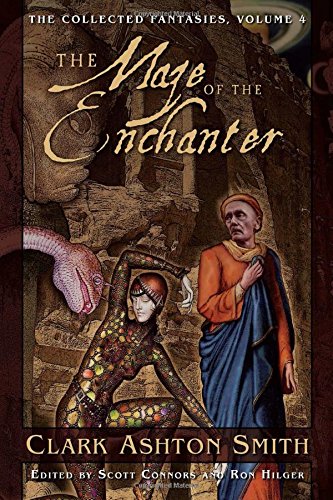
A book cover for The Maze of the Enchanter (The Collected Fantasies of Clark Ashton Smith, Vol. 4) (v. 4); Clark  Ashton Smith; Science Fiction & Fantasy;